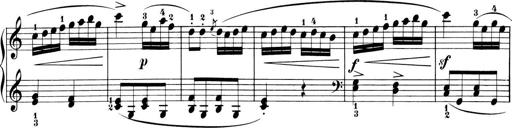
Title: 6 Piano Sonatinas
Composer: Cornelius Gurlitt